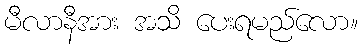
မီလာနီအား အသိ ပေးရမည်လော။